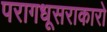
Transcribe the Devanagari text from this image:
परागधूसराकारो